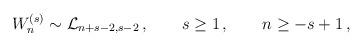
LaTeX: \begin{align*}W^{(s)}_n \sim {\cal L}_{n+s-2,s-2}\,,\qquad s \geq 1\,,\qquad n \geq -s+1\,,\end{align*}